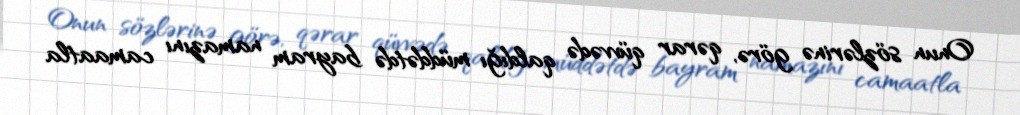
Onun sözlərinə görə, qərar qüvvədə qaldığı müddətdə bayram namazını camaatla